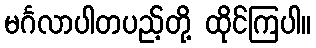
မင်္ဂလာပါတပည့်တို့ ထိုင်ကြပါ။